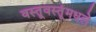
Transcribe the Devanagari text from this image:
वस्तूवस्तूंमधले